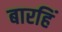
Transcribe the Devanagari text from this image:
बारहिं